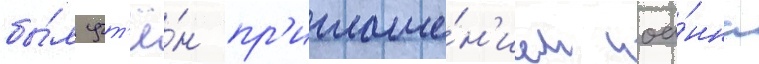
бы́л учт'ё́н пр'иглаше́н'ием иоа́нна